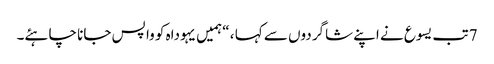
7 تب یسوع نے اپنے شاگردوں سے کہا ، “ہمیں یہوداہ کو وا پس جانا چاہئے۔